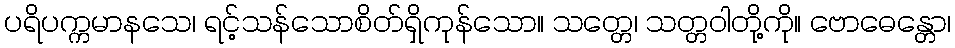
ပရိပက္ကမာနသေ၊ ရင့်သန်သောစိတ်ရှိကုန်သော။ သတ္တေ၊ သတ္တဝါတို့ကို။ ဗောဓေန္တော၊